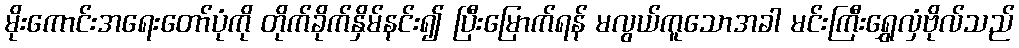
မိုးကောင်းအရေးတော်ပုံကို တိုက်ခိုက်နှိမ်နင်း၍ ပြီးမြောက်ရန် မလွယ်ကူသောအခါ မင်းကြီးရွှေလှံဗိုလ်သည်